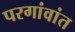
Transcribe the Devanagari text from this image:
परगांवांत